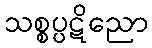
သစ္စပ္ပဋိညော